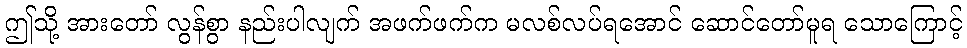
ဤသို့ အားတော် လွန်စွာ နည်းပါလျက် အဖက်ဖက်က မလစ်လပ်ရအောင် ဆောင်တော်မူရ သောကြောင့်